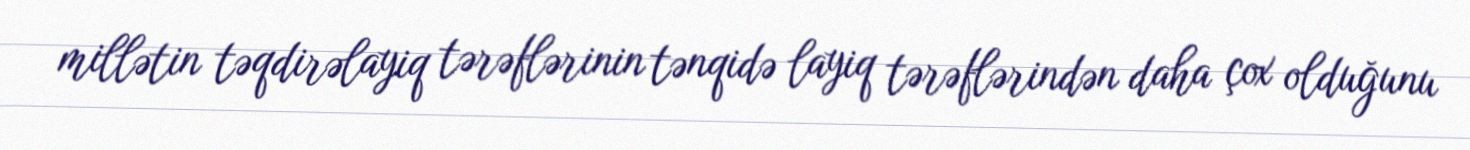
millətin təqdirəlayiq tərəflərinin tənqidə layiq tərəflərindən daha çox olduğunu